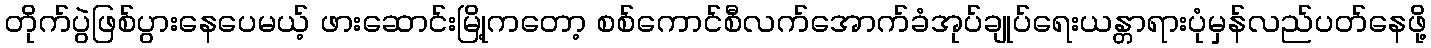
တိုက်ပွဲဖြစ်ပွားနေပေမယ့် ဖားဆောင်းမြို့ကတော့ စစ်ကောင်စီလက်အောက်ခံအုပ်ချုပ်ရေးယန္တာရားပုံမှန်လည်ပတ်နေဖို့